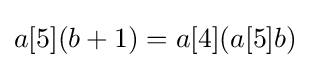
a[5](b+1)=a[4](a[5]b)